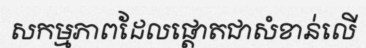
សកម្មភាពដែលផ្តោតជាសំខាន់លើ